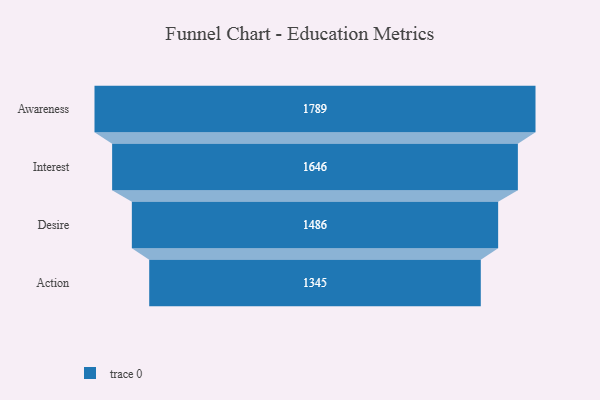
{"axis": {"x": "Stage", "y": "Value"}, "legend": [""], "data": [{"x": "Awareness", "y": 1789.0, "type": ""}, {"x": "Interest", "y": 1646.0, "type": ""}, {"x": "Desire", "y": 1486.0, "type": ""}, {"x": "Action", "y": 1345.0, "type": ""}]}